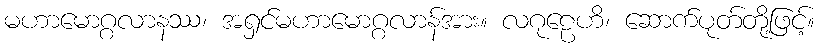
မဟာမောဂ္ဂလာနဿ၊ အရှင်မဟာမောဂ္ဂလာန်အား။ လဂုဠေဟိ၊ ဆောက်ပုတ်တို့ဖြင့်။